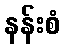
နန်းစံ